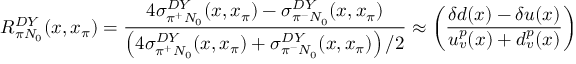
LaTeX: R _ { \pi N _ { 0 } } ^ { D Y } ( x , x _ { \pi } ) = \frac { 4 \sigma _ { \pi ^ { + } N _ { 0 } } ^ { D Y } ( x , x _ { \pi } ) - \sigma _ { \pi ^ { - } N _ { 0 } } ^ { D Y } ( x , x _ { \pi } ) } { \left( 4 \sigma _ { \pi ^ { + } N _ { 0 } } ^ { D Y } ( x , x _ { \pi } ) + \sigma _ { \pi ^ { - } N _ { 0 } } ^ { D Y } ( x , x _ { \pi } ) \right) / 2 } \approx \left( \frac { \delta d ( x ) - \delta u ( x ) } { u _ { v } ^ { p } ( x ) + d _ { v } ^ { p } ( x ) } \right)